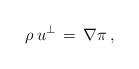
LaTeX: \begin{align*} \rho\,u^\perp\,=\,\nabla\pi\,,\end{align*}